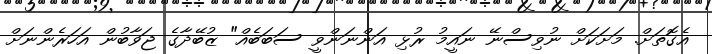
އެގޮތަށް. މަށަކަށް ނުވިސްނޭ ނައީމު ރުޅި އަންނަންވީ ސަބަބެއް" ޒުބޭދާގެ ޖަވާބުން އަހަރެންނަށް